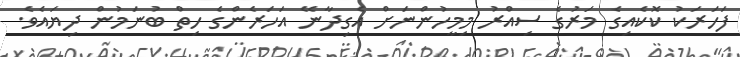
ފަހަރަކު ކޮކެއިގެ މަރުގެ ސިއްރު މިމީހުންނަށް އެގިދާނޭ އަހަރެންގެ ހިތް ބުނަމުން ދިޔައެވެ.